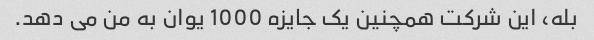
بله، این شرکت همچنین یک جایزه 1000 یوان به من می دهد.